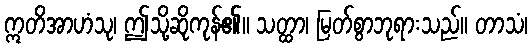
ဣတိအာဟံသု၊ ဤသို့ဆိုကုန်၏။ သတ္ထာ၊ မြတ်စွာဘုရားသည်။ တာသံ၊